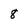
Character: 8